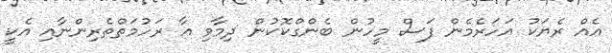
އެއް ރެޔަކު އަހަރެމެން ފަސް މީހުން ބެންގްކޮކުން ދިމާވި އާ ރަހުމަތްތެރިންނާއި އެކީ